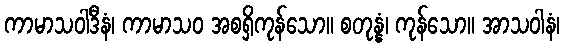
ကာမာသဝါဒီနံ၊ ကာမာသဝ အစရှိကုန်သော။ စတုန္နံ၊ ကုန်သော။ အာသဝါနံ၊